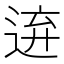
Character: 𨓋